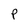
Character: P